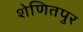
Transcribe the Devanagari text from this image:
शेणितपुर